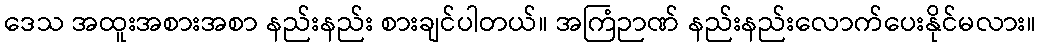
ဒေသ အထူးအစားအစာ နည်းနည်း စားချင်ပါတယ်။ အကြံဉာဏ် နည်းနည်းလောက်ပေးနိုင်မလား။